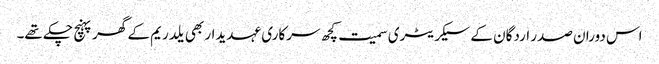
اس دوران صدر اردگان کے سیکریٹری سمیت کچھ سرکاری عہدیدار بھی یلدریم کے گھر پہنچ چکے تھے۔